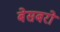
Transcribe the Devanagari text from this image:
बेसबरो